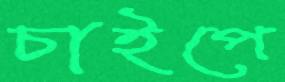
চাইপে